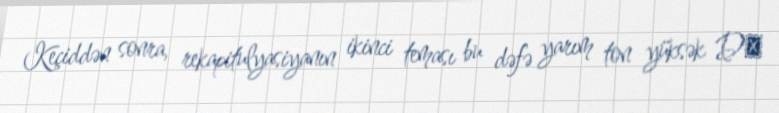
Keçiddən sonra, rekapitulyasiyanın ikinci teması bu dəfə yarım ton yüksək D♭